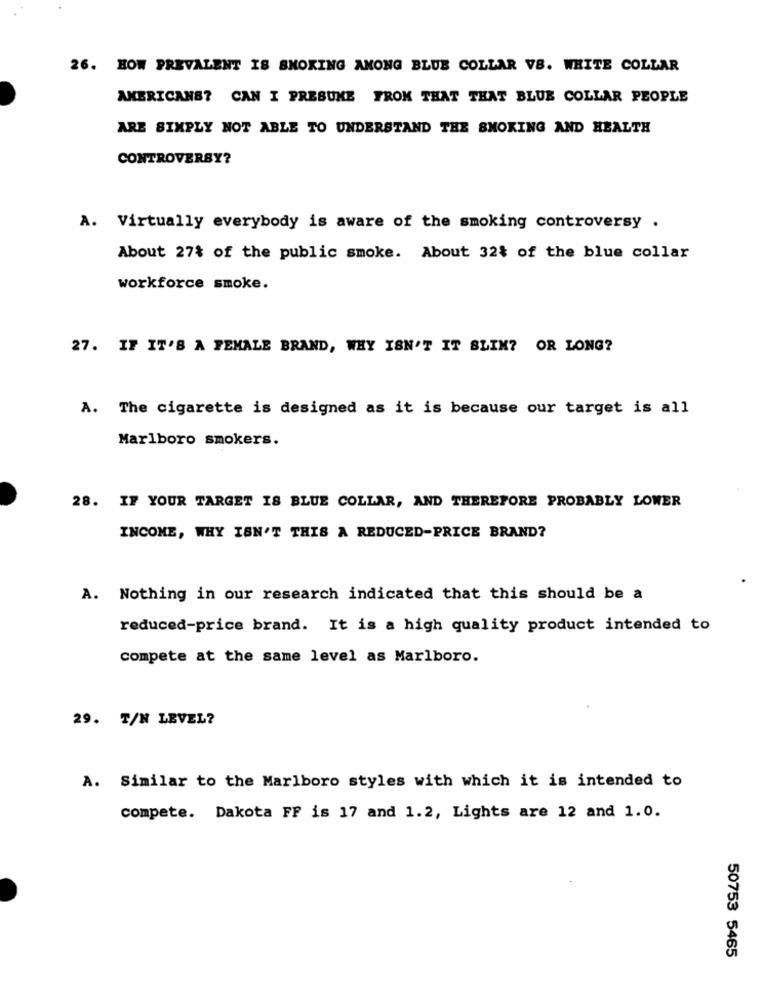
26. HOW PREVALENT IS SMOKING AMONG BLUE COLLAR VS. WHITE COLLAR
AMERICANS? CAN I PRESUME FROM THAT THAT BLUE COLLAR PEOPLE
ARE SIMPLY NOT ABLE TO UNDERSTAND THE SMOKING AND HEALTH
CONTROVERSY?
A. Virtually everybody is aware of the smoking controversy .
About 27% of the public smoke. About 32% of the blue collar
workforce smoke.
27. IF IT'S A FEMALE BRAND, WHY ISN'T IT SLIM? OR LONG?
A. The cigarette is designed as it is because our target is all
Marlboro smokers.
28. IF YOUR TARGET IS BLUE COLLAR, AND THEREFORE PROBABLY LOWER
INCOME, WHY ISN'T THIS A REDUCED-PRICE BRAND?
A. Nothing in our research indicated that this should be a
reduced-price brand. It is a high quality product intended to
compete at the same level as Marlboro.
29. T/N LEVEL?
A. Similar to the Marlboro styles with which it is intended to
compete. Dakota FF is 17 and 1.2, Lights are 12 and 1.0.
50753 5465